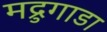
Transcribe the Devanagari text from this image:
मद्रुगाडा